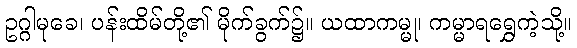
ဥဂ္ဂါမုခေ၊ ပန်းထိမ်တို့၏ မိုက်ခွက်၌။ ယထာကမ္မု၊ ကမ္မာရရွှေကဲ့သို့။